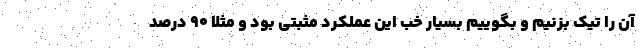
آن را تیک بزنیم و بگوییم بسیار خب این عملکرد مثبتی بود و مثلا ۹۰ درصد